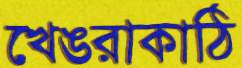
খেঙরাকাঠি